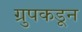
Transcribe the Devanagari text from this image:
ग्रुपकडून